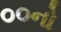
૦૦નો